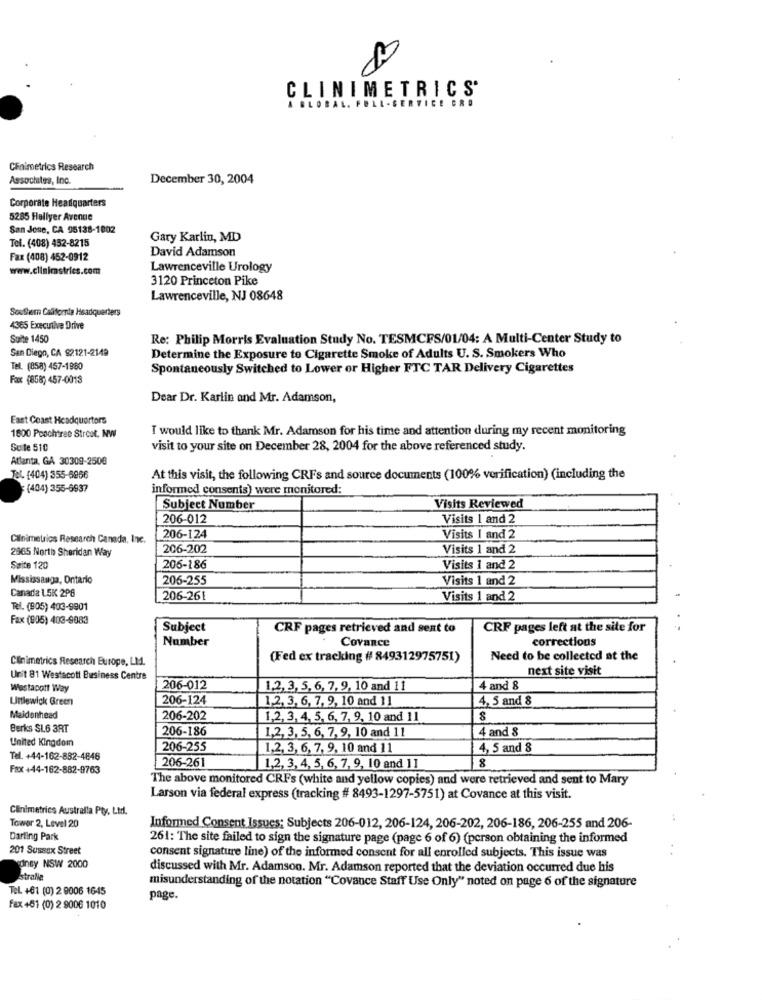
CLINIMETRICS
A GLOBAL. FULL- SERVICE ORD
CEnimetrics Research
Assochites, Inc.
December 30, 2004
Corporate Headquarters
5285 Hallyer Avenue
San Jose, CA 95138-1002
Tel. (408) 452-8215
Gary Karlin, MD
Fax (408) 452-0912
David Adamson
www.cllnimstries.com
Lawrenceville Urology
3120 Princeton Pike
Lawrenceville, NJ 08648
Southern California Headquarters
4365 Executive Drive
Suite 1450
Re: Philip Morris Evaluation Study No. TESMCFS/01/04: A Multi-Center Study to
San Diego, CA 92121-2149
Determine the Exposure to Cigarette Smoke of Adults U. S. Smokers Who
Tel. (858) 457-1960
Spontaneously Switched to Lower or Higher FTC TAR Delivery Cigarettes
Fax (858) 457-0013
Dear Dr. Karlin and Mr. Adamson,
East Coast Headquarters
I would like to thank Mr. Adamson for his time and attention during my recent monitoring
1800 Peachtree Street, NW
Suite 510
visit to your site on December 28, 2004 for the above referenced study.
Atlanta, GA 30309-2506
Tel. (404) 355-6956
At this visit, the following CRFs and source documents (100% verification) (including the
(404) 355-6937
informed consents) were monitored:
Subject Number
Visits Reviewed
206-012
Visits 1 and 2
Calnimetrios Research Canada, Inc.
206-124
Visits 1 and 2
2965 North Sheridan Way
206-202
Visits 1 and 2
Suite 120
206-186
Visits 1 and 2
Mississauga, Ontario
206-255
Visits 1 and 2
Canaria 1.5K 2P8
206-261
Visits 1 and 2
Tel. (905) 403-9901
Fax (905) 403-9083
Subject
CRF pages retrieved and sent to
CRF pages left at the site for
Number
corrections
Covance
Clinimetrics Research Europe, LM.
(Fed ex tracking # 849312975751)
Need to be collected at the
next site visit
Unit 81 Westscott Business Centre
Westapott Way
206-012
1,2, 3, 5, 6, 7, 9, 10 and 11
4 and 8
Littlewick Green
206-124
1.2, 3, 6, 7, 9, 10 and 11
4, 5 and 8
Maidenhead
206-202
1,2, 3, 4, 5, 6, 7, 9, 10 and 11
Berks SL6 3RT
206-186
1,2, 3, 5, 6, 7, 9, 10 and 11
4 and 8
United Kingdom
206-255
1,2, 3, 6, 7, 9, 10 and 11
4, 5 and 8
Tel. +44-162-882-4846
206-261
8
Fax +44-162-882-9763
1,2, 3, 4, 5, 6, 7, 9, 10 and 11
The above monitored CRFs (white and yellow copies) and were retrieved and sent to Mary
Larson via federal express (tracking # 8493-1297-5751) at Covance at this visit.
Clinimetrics Australia Pty, Ltd.
Tower 2, Level 20
Informed Consent Issues: Subjects 206-012, 206-124, 206-202, 206-186, 206-255 and 206-
Darting Park
261: The site failed to sign the signature page (page 6 of 6) (person obtaining the informed
201 Sussex Street
consent signature line) of the informed consent for all enrolled subjects. This issue was
dney NSW 2000
discussed with Mr. Adamson. Mr. Adamson reported that the deviation occurred due his
Istralle
misunderstanding of the notation "Covance Staff Use Only" noted on page 6 of the signature
Tel. +61 (0) 2 9006 1645
page.
Fax +51 (0) 2 9006 1010